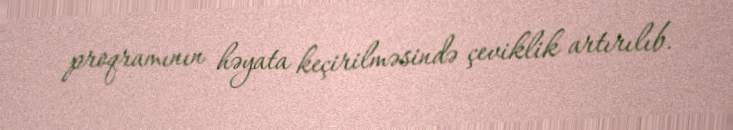
proqramının həyata keçirilməsində çeviklik artırılıb.